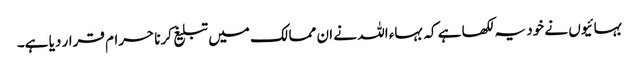
بہائیوں نے خود یہ لکھا ہے کہ بہاء اللہ نے ان ممالک میں تبلیغ کرنا حرام قرار دیا ہے۔